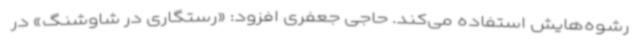
رشوه‌هایش استفاده می‌کند. حاجی جعفری افزود: «رستگاری در شاوشنگ» در